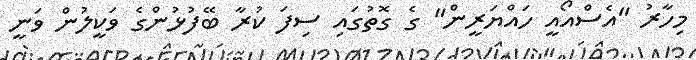
މިހާރު "އެސްއޯއީ ހައްޔަރީން" ގެ ގޮތުގައި ސިފަ ކުރާ ބޭފުޅުންގެ ވަކީލުން ވަނީ